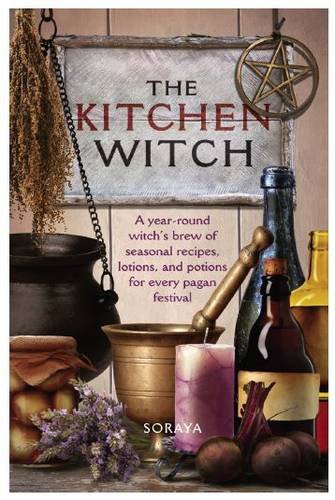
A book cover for The Kitchen Witch: A Year-round Witch's Brew of Seasonal Recipes, Lotions and Potions for Every Pagan Festival; Soraya; Cookbooks, Food & Wine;